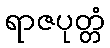
ရာဇပုတ္တံ